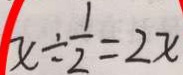
x \div \frac { 1 } { 2 } = 2 x